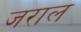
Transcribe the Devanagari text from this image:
जराल